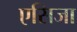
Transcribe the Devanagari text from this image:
एसिजा